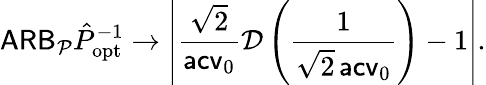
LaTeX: \mathsf{ARB}_{\mathcal P}\hat{P}_{\mathrm{opt}}^{-1}\to\left|\frac{\sqrt 2}{\mathsf{acv}_{0}}\mathcal D\left(\frac{1}{\sqrt 2\, \mathsf{acv}_{0}}\right)-1\right|.